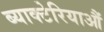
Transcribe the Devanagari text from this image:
ब्याक्टेरियाऔं